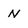
Character: N